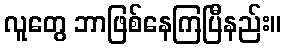
လူတွေ ဘာဖြစ်နေကြပြီနည်း။